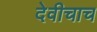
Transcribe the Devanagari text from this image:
देवीचाच